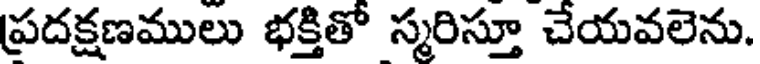
ప్రదక్షణములు భక్తితో స్మరిస్తూ చేయవలెను.